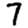
Digit: 7